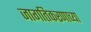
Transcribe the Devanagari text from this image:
जागतिकरणाच्या